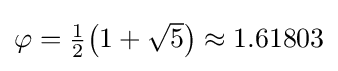
{\textstyle \varphi ={\tfrac {1}{2}}{\bigl (}1+{\sqrt {5}}{\bigr )}\approx 1.61803}